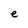
Character: e